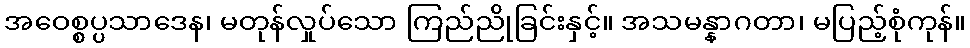
အဝေစ္စပ္ပသာဒေန၊ မတုန်လှုပ်သော ကြည်ညိုခြင်းနှင့်။ အသမန္နာဂတာ၊ မပြည့်စုံကုန်။